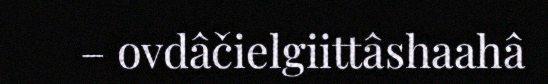
– ovdâčielgiittâshaahâ